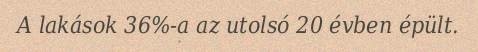
A lakások 36%-a az utolsó 20 évben épült.